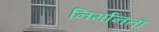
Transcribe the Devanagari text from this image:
निर्मानता